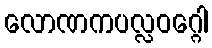
လောဏကပလ္လဝဂ္ဂေါ